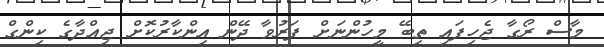
މާސް ރޯގާ ޖެހިފައި ތިބޭ މީހުންނަށް ފަރުވާ ދޭން އިންކާރުކޮށް ޖިއްދާގެ ކިންގް